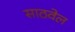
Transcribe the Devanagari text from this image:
साठवेल